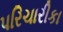
પરિચારીકા